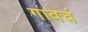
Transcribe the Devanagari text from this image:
गावचं